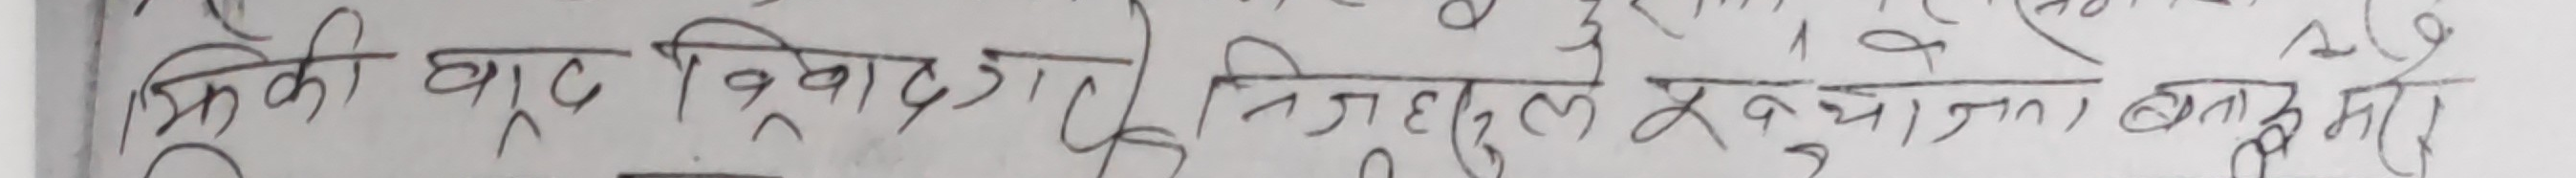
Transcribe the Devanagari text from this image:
भ्रिकी बूढ त्रिवार्मा लिए निबुहरु सुचाउता बनारमे